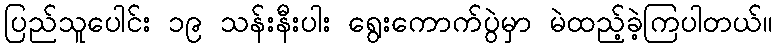
ပြည်သူပေါင်း ၁၉ သန်းနီးပါး ရွေးကောက်ပွဲမှာ မဲထည့်ခဲ့ကြပါတယ်။